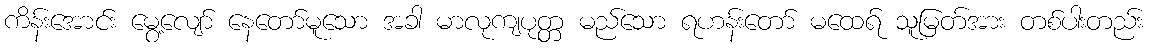
ကိန်းအောင်း မွေ့လျော် နေတော်မူသော အခါ မာလုကျပုတ္တ မည်သော ရဟန်းတော် မထေရ် သူမြတ်အား တစ်ပါးတည်း